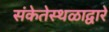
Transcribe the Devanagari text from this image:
संकेतेस्थळाद्वारे